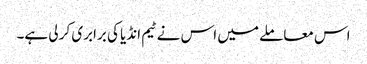
اس معاملے میں اس نے ٹیم انڈیا کی برابری کر لی ہے۔